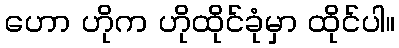
ဟော ဟိုက ဟိုထိုင်ခုံမှာ ထိုင်ပါ။